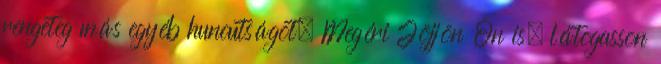
rengeteg más egyéb huncutságot. Megéri Jöjjön Ön is, látogasson